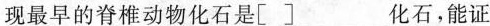
现最早的脊椎动物化石是[ ]___化石，能证